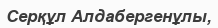
Серқұл Алдабергенұлы,